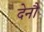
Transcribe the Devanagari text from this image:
देनौ